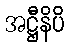
အဋ္ဌီနိပိ